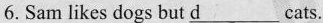
6.Sam likes dogs but \underline{d} cats.